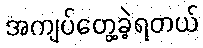
အကျပ်တွေ့ခဲ့ရတယ်